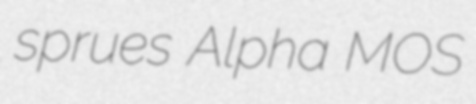
sprues Alpha MOS